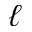
\ell